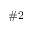
\# 2